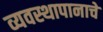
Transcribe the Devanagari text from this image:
व्यवस्थापानाचे